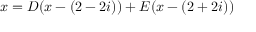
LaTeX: x = D ( x - ( 2 - 2 i ) ) + E ( x - ( 2 + 2 i ) )